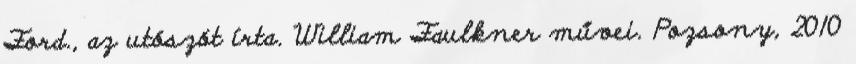
Ford., az utószót írta. William Faulkner művei. Pozsony, 2010